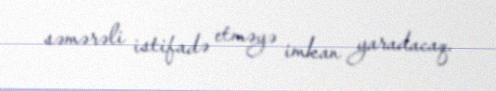
səmərəli istifadə etməyə imkan yaradacaq.